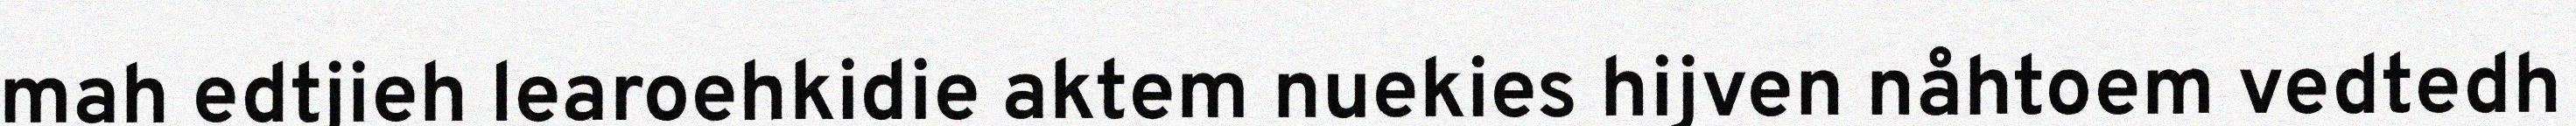
mah edtjieh learoehkidie aktem nuekies hijven nåhtoem vedtedh